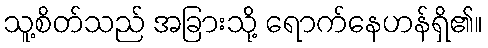
သူ့စိတ်သည် အခြားသို့ ရောက်နေဟန်ရှိ၏။